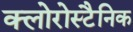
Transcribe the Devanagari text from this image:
क्लोरोस्टैनिक